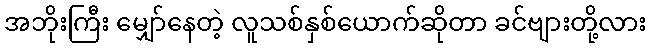
အဘိုးကြီး မျှော်နေတဲ့ လူသစ်နှစ်ယောက်ဆိုတာ ခင်ဗျားတို့လား